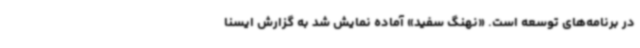
در برنامه‌های توسعه است. «نهنگ سفید» آماده نمایش شد به گزارش ایسنا